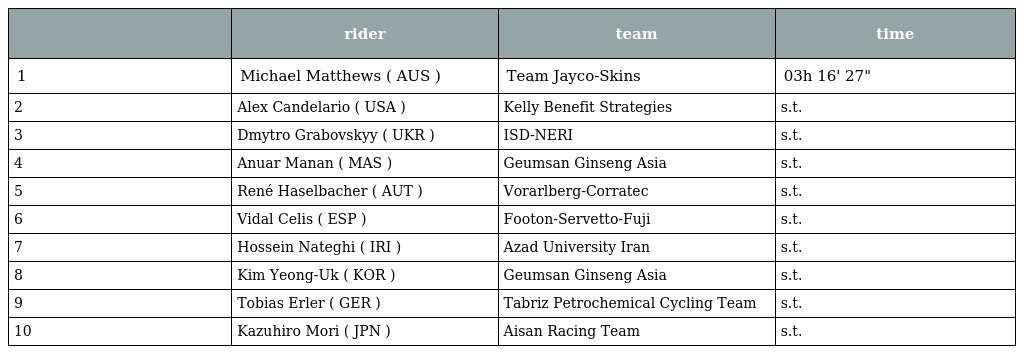
|  | rider | team | time |
 | --- | --- | --- | --- |
 | 1 | Michael Matthews ( AUS ) | Team Jayco-Skins | 03h 16' 27" |
 | 2 | Alex Candelario ( USA ) | Kelly Benefit Strategies | s.t. |
 | 3 | Dmytro Grabovskyy ( UKR ) | ISD-NERI | s.t. |
 | 4 | Anuar Manan ( MAS ) | Geumsan Ginseng Asia | s.t. |
 | 5 | René Haselbacher ( AUT ) | Vorarlberg-Corratec | s.t. |
 | 6 | Vidal Celis ( ESP ) | Footon-Servetto-Fuji | s.t. |
 | 7 | Hossein Nateghi ( IRI ) | Azad University Iran | s.t. |
 | 8 | Kim Yeong-Uk ( KOR ) | Geumsan Ginseng Asia | s.t. |
 | 9 | Tobias Erler ( GER ) | Tabriz Petrochemical Cycling Team | s.t. |
 | 10 | Kazuhiro Mori ( JPN ) | Aisan Racing Team | s.t. |